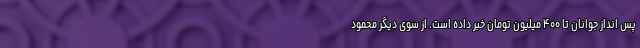
پس انداز جوانان تا ۴۰۰ میلیون تومان خبر داده است. از سوی دیگر محمود